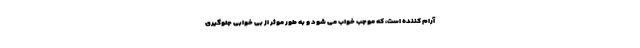
آرام کننده است، که موجب خواب می شود و به طور موثر از بی خوابی جلوگیری